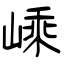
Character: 嵊